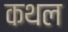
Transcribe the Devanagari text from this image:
कथल